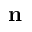
\mathbf { n }